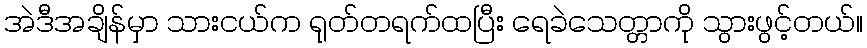
အဲဒီအချိန်မှာ သားငယ်က ရုတ်တရက်ထပြီး ရေခဲသေတ္တာကို သွားဖွင့်တယ်။